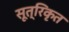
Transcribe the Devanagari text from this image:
सूत्रिकृत